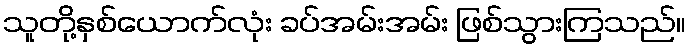
သူတို့နှစ်ယောက်လုံး ခပ်အမ်းအမ်း ဖြစ်သွားကြသည်။